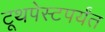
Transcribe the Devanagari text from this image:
टूथपेस्टपर्यंत